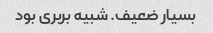
بسیار ضعیف. شبیه بربری بود